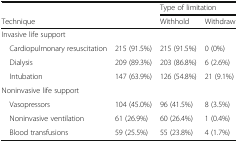
<table><thead><tr><td></td><td></td><td colspan="2"><b>Type of limitation</b></td></tr><tr><td><b>Technique</b></td><td></td><td><b>Withhold</b></td><td><b>Withdraw</b></td></tr></thead><tbody><tr><td colspan="4">Invasive life support</td></tr><tr><td> Cardiopulmonary resuscitation</td><td>215 (91.5%)</td><td>215 (91.5%)</td><td>0 (0%)</td></tr><tr><td> Dialysis</td><td>209 (89.3%)</td><td>203 (86.8%)</td><td>6 (2.6%)</td></tr><tr><td> Intubation</td><td>147 (63.9%)</td><td>126 (54.8%)</td><td>21 (9.1%)</td></tr><tr><td colspan="4">Noninvasive life support</td></tr><tr><td> Vasopressors</td><td>104 (45.0%)</td><td>96 (41.5%)</td><td>8 (3.5%)</td></tr><tr><td> Noninvasive ventilation</td><td>61 (26.9%)</td><td>60 (26.4%)</td><td>1 (0.4%)</td></tr><tr><td> Blood transfusions</td><td>59 (25.5%)</td><td>55 (23.8%)</td><td>4 (1.7%)</td></tr></tbody></table>